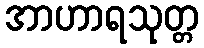
အာဟာရသုတ္တ